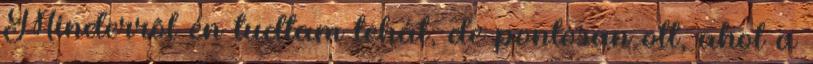
Minderrõl én tudtam tehát, de pontosan ott, ahol a